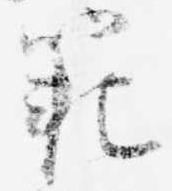
範